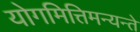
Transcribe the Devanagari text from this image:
योगमित्तिमन्यन्ते